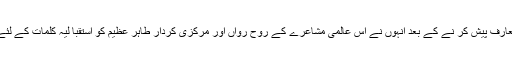
اس تقریب کا تعارف پیش کر نے کے بعد انہوں نے اس عالمی مشاعرے کے روحِ رواں اور مرکزی کردار طاہر عظیم کو استقبا لیہ کلمات کے لئے سٹیج پر بلایا۔